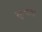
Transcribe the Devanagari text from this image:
सुम्बावा